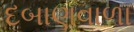
દબાણવાળા